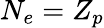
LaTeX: N_{e}=Z_{p}